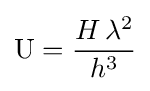
\mathrm {U} ={\frac {H\,\lambda ^{2}}{h^{3}}}